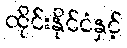
ထိုင်းနိုင်ငံနှင့်